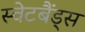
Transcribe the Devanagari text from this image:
स्वेटबैंड्स